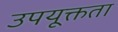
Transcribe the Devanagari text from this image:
उपयूक्तता